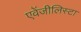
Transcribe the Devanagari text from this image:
एवेंजीलिस्टा